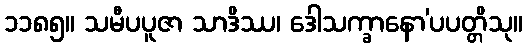
၁၁၈၅။ သမီပပူဇာ သာဒိဿ၊ ဒေါသက္ခာနော’ပပတ္တိသု။